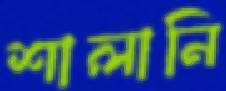
শালানি